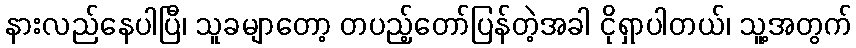
နားလည်နေပါပြီ၊ သူခမျာတော့ တပည့်တော်ပြန်တဲ့အခါ ငိုရှာပါတယ်၊ သူ့အတွက်